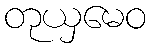
တုယှမေဝ